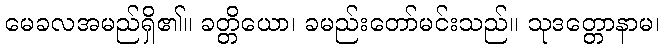
မေခလအမည်ရှိ၏။ ခတ္တိယော၊ ခမည်းတော်မင်းသည်။ သုဒတ္တောနာမ၊